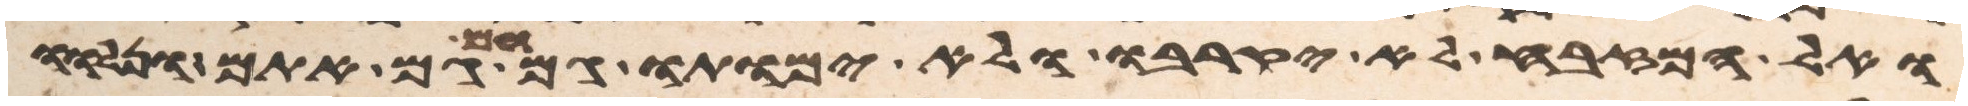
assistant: ואל המזבח לא יקרבו ולא ימותו גם הם גם אתם ונלוו